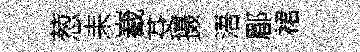
葱耒嶻芟摄浯郿裙